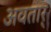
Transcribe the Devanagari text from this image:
अवतार्